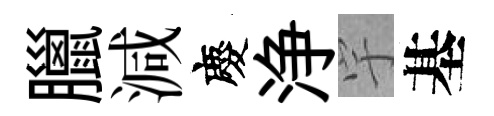
臘減慶浄宇基